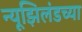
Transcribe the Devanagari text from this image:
न्यूझिलंडच्या